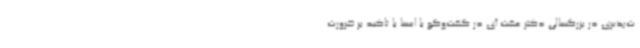
ت‌پذیری در بزرگسالی دکتر عفت آی در گفت‌وگو با ایسنا با تاکید بر ضرورت